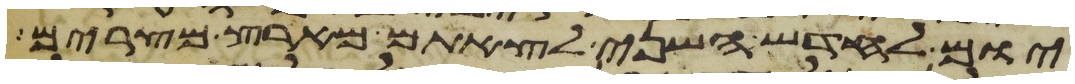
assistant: יום לחדש השני לצאתם מארץ מצרים